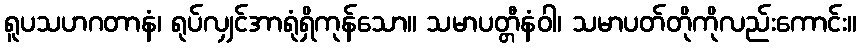
ရူပသဟဂတာနံ၊ ရုပ်လျှင်အာရုံရှိကုန်သော။ သမာပတ္တီနံဝါ၊ သမာပတ်တိုကိုလည်းကောင်း။